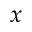
x